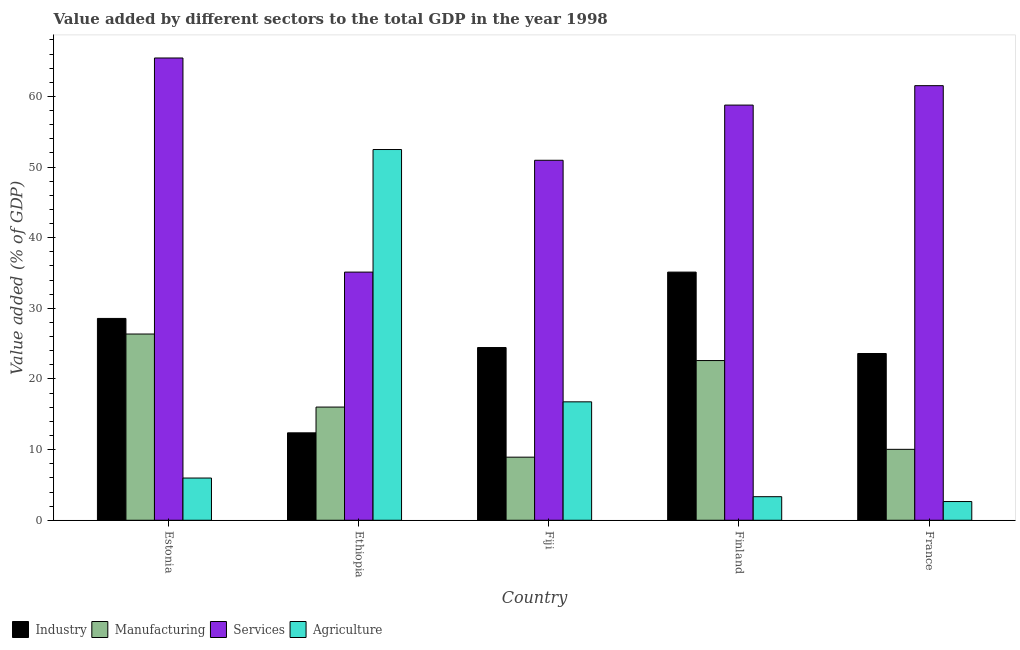
| Country | Industry | Manufacturing | Services | Agriculture |
 | --- | --- | --- | --- | --- |
 | Estonia | 28.6 | 26.4 | 65.4 | 5.98 |
 | Ethiopia | 12.4 | 16 | 35.1 | 52.5 |
 | Fiji | 24.5 | 8.93 | 51 | 16.8 |
 | Finland | 35.1 | 22.6 | 58.8 | 3.34 |
 | France | 23.6 | 10 | 61.5 | 2.65 |